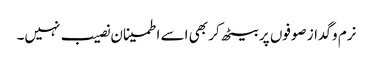
نرم و گداز صوفوں پر بیٹھ کر بھی اسے اطمینان نصیب نہیں۔